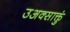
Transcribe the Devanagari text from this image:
उअक्साक्तुं